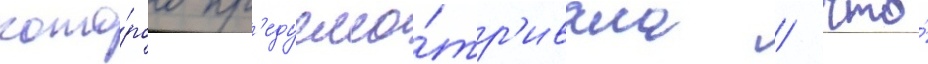
кото́рого пр'едусма́тр'ивала / что́